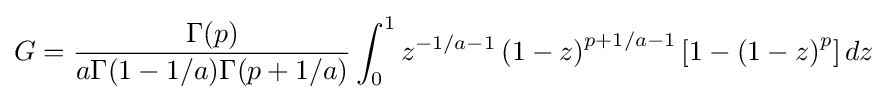
G={\frac {\Gamma (p)}{a\Gamma (1-1/a)\Gamma (p+1/a)}}\int _{0}^{1}z^{-1/a-1}\left(1-z\right)^{p+1/a-1}\left[1-\left(1-z\right)^{p}\right]dz